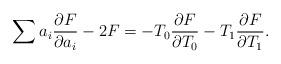
LaTeX: \begin{align*}\sum a_i \frac{\partial F}{\partial a_i}-2F=-T_0\frac{\partial F}{\partial T_0}-T_1\frac{\partial F}{\partial T_1}.\end{align*}